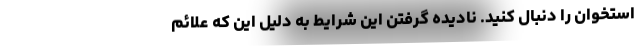
استخوان را دنبال کنید. نادیده گرفتن این شرایط به دلیل این که علائم